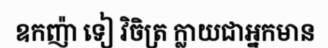
ឧកញ៉ា ទៀ វិចិត្រ ក្លាយជាអ្នកមាន